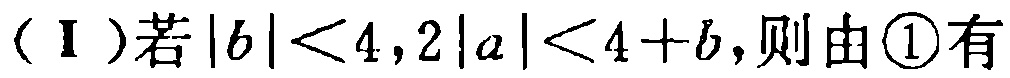
（Ⅰ）若\(\vert b\vert<4,2\vert a\vert<4 + b\)，则由\textcircled{1}有